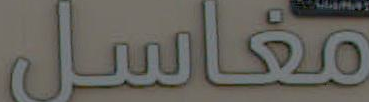
مغاسل